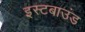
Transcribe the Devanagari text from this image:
इस्टबाउंड